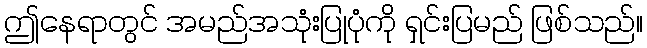
ဤနေရာတွင် အမည်အသုံးပြုပုံကို ရှင်းပြမည် ဖြစ်သည်။